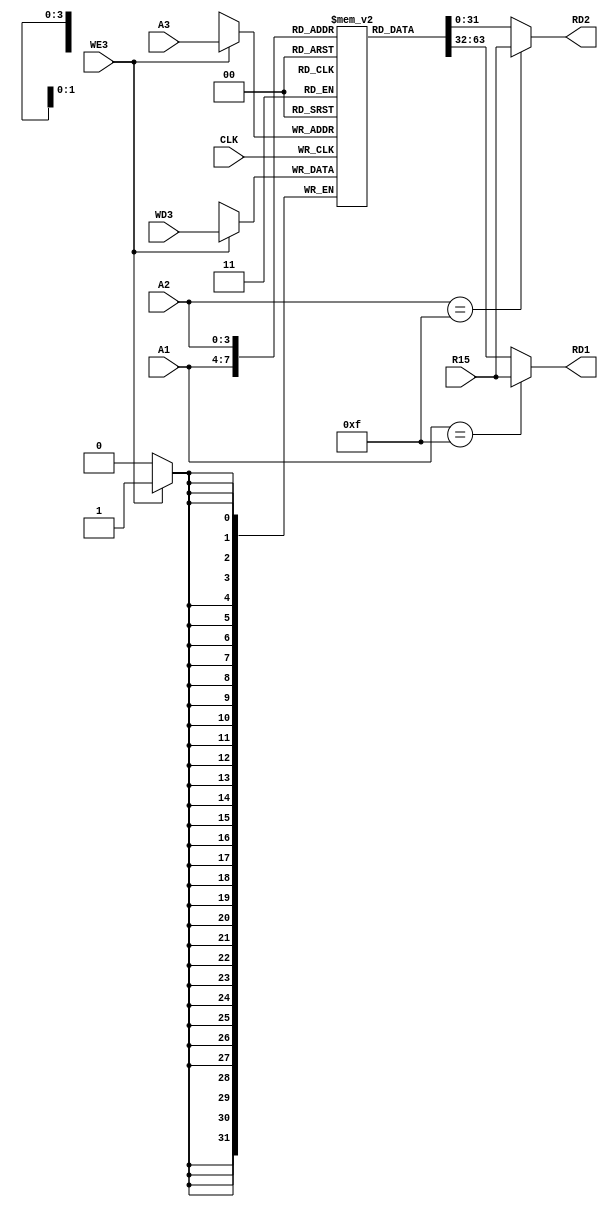
// RegisterFile.v
module RegisterFile(
    input CLK,
    input WE3, // high active
    input [3:0] A1, // Read index1
    input [3:0] A2, // Read index2
    input [3:0] A3, // Write index
    input [31:0] WD3,// Write data
    input [31:0] R15, // R15 Data in

    output reg [31:0] RD1, // Read data1
    output reg [31:0] RD2 // Read data2
  );


  reg [31:0] RegBankCore[0:14];


  //! Sequential, writes `WD3` into `RegBankCore` at the rising edge of clk
  always @(posedge CLK)
    if (WE3)
      RegBankCore[A3] <= WD3;


  //! Combinational, defines `RD1`
  always @(*)
    if (A1 == 4'b1111)
      RD1 = R15;
    else
      RD1 = RegBankCore[A1];


  //! Combinational, defines `RD2`
  always @(*)
    if (A2 == 4'b1111)
      RD2 = R15;
    else
      RD2 = RegBankCore[A2];


endmodule